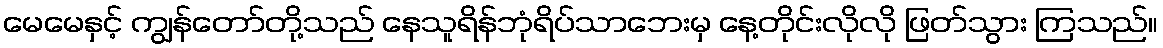
မေမေနှင့် ကျွန်တော်တို့သည် နေသူရိန်ဘုံရိပ်သာဘေးမှ နေ့တိုင်းလိုလို ဖြတ်သွား ကြသည်။